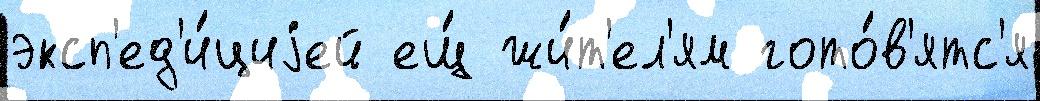
эксп'ед'и́циjей ещ́ жи́т'ел'ям гото́в'ятс'я